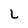
Character: L